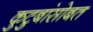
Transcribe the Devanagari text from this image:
कुटुबांसोबत